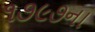
૧૭૯૭ના